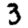
Digit: 3